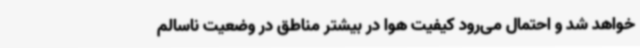
خواهد شد و احتمال می‌رود کیفیت هوا در بیشتر مناطق در وضعیت ناسالم